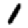
Digit: 1